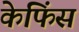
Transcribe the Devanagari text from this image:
केफिंस